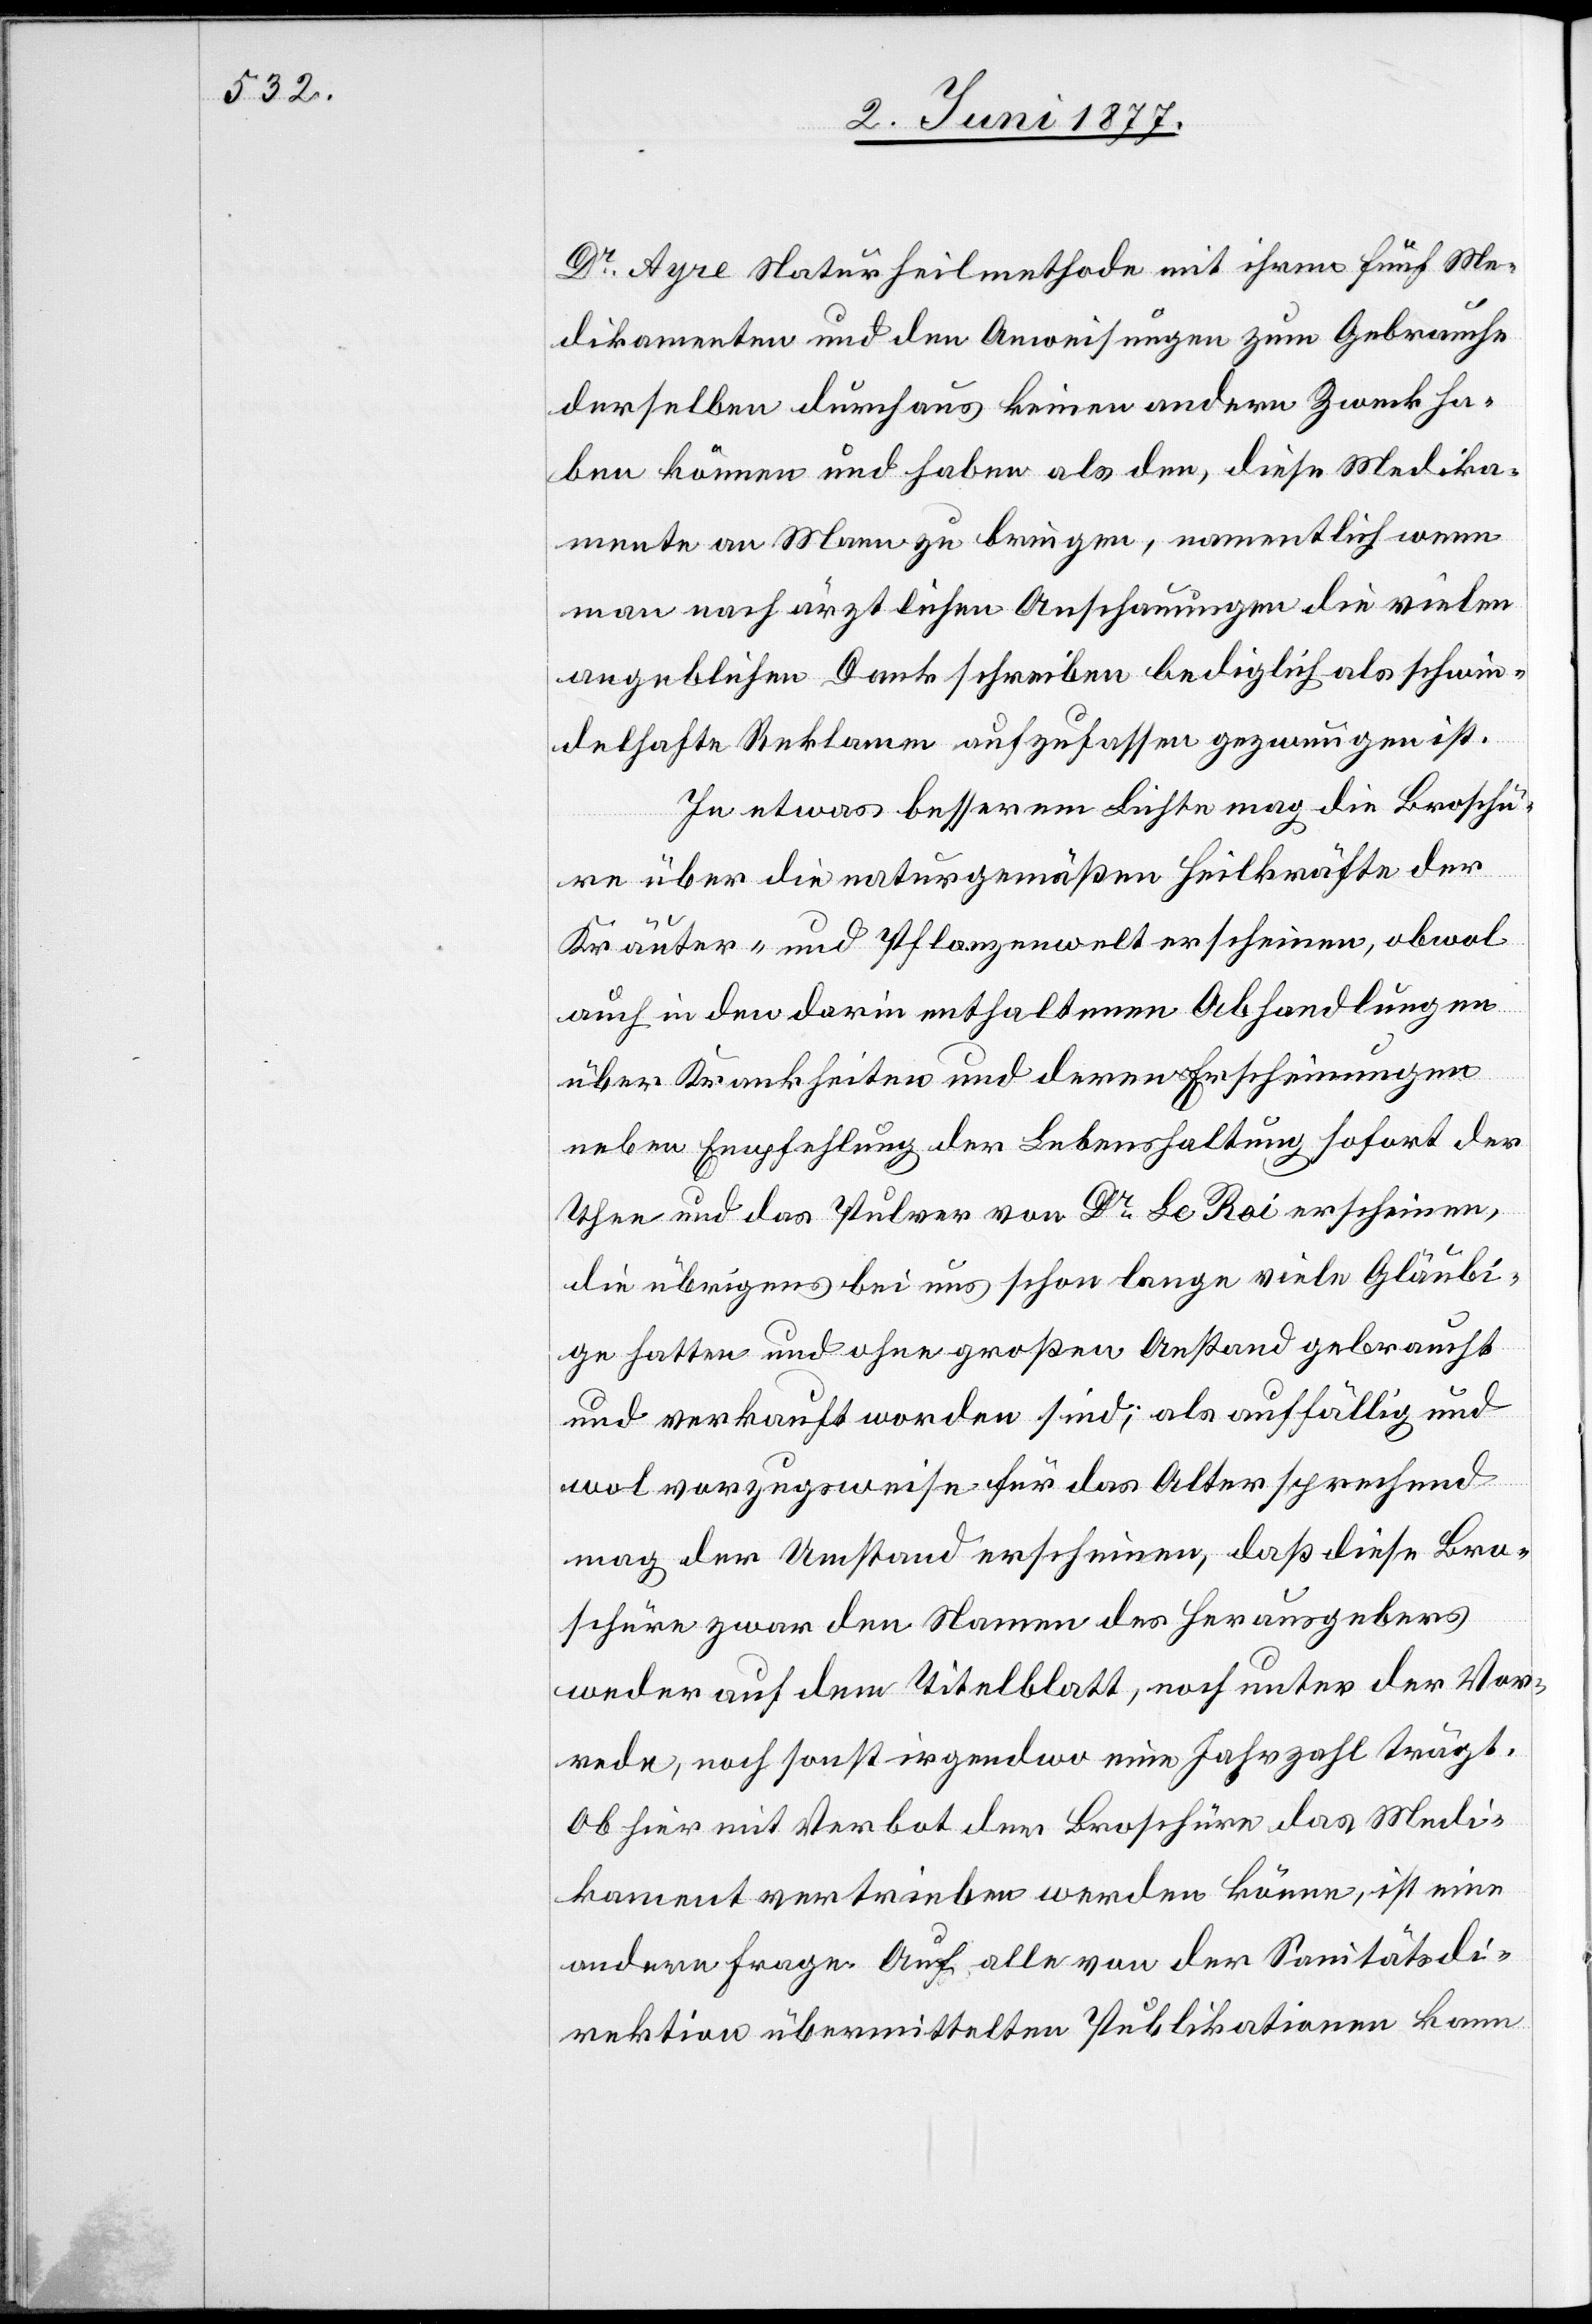
Dr Ayre Naturheilmethode mit ihren fünf Me¬
dikamenten und den Anweisungen zum Gebrauche
derselben durchaus keinen andern Zweck ha¬
ben können und haben als den, diese Medika¬
mente an Mann zu bringen, namentlich wenn
man nach ärztlichen Anschauungen die vielen
angeblichen Dankschrieben lediglich als schwin¬
delhafte Reklame aufzufassen gezwungen ist.
In etwas besserem Lichte mag die Broschü¬
re über die naturgemäßen Heilkräfte der
Kräuter- und Pflanzenwelt erscheinen, obwol
auch in den darin enthaltenen Abhandlungen
über Krankheiten und deren Erscheinungen
neben Empfehlung der Lebenshaltung sofort der
Thee und das Pulver von Dr Le Roi erscheinen,
die übrigens bei uns schon lange viele Gläubi¬
ge hatten und ohne großen Anstand gebraucht
und verkauft worden sind; als auffällig und
wol vorzugsweise für das Alter sprechend
mag der Umstand erscheinen, daß diese Bro¬
schüre zwar den Namen des Herausgebers
weder auf dem Titelblatt, noch unter der Vor¬
rede, noch sonst irgendwo eine Jahrzahl trägt.
Ob hier mit Verbot der Broschüre das Medi¬
kament vertrieben werden könne, ist eine
andere Frage. Auf alle von der Sanitätsdi¬
rektion übermittelten Publikationen kann